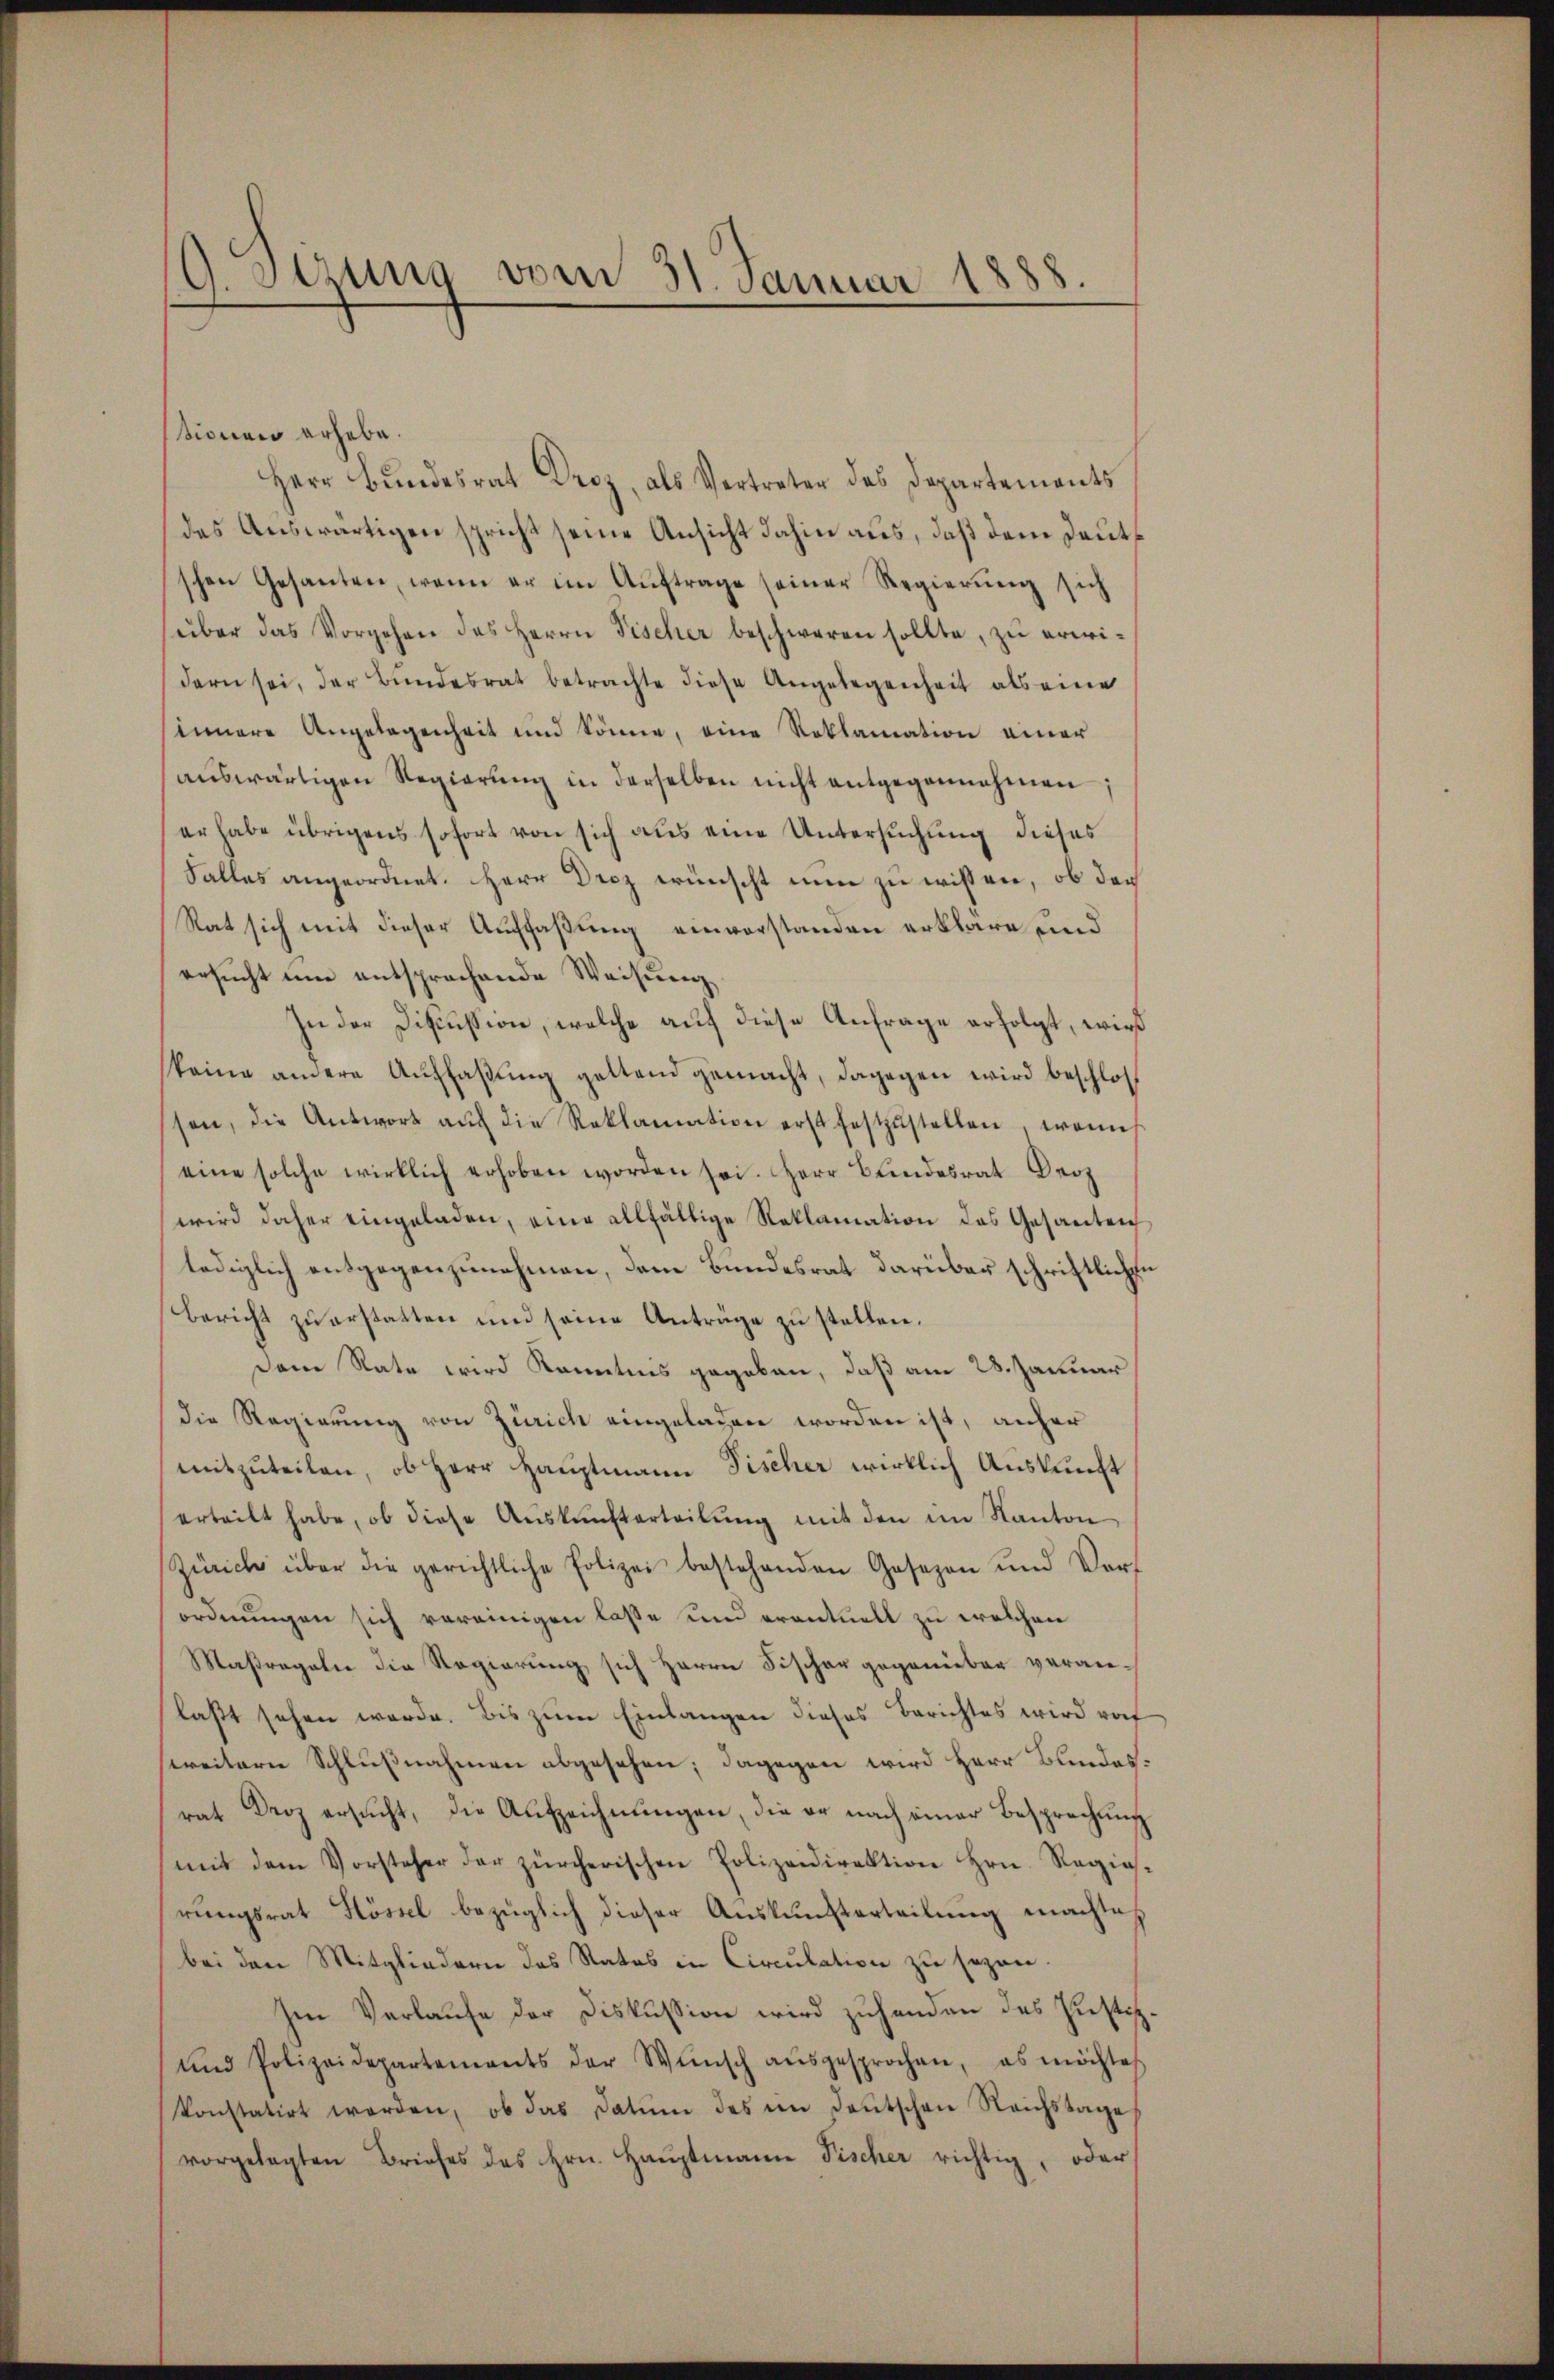
G. Sitzung vom 31. Januar 1888.

ssionen erhebe.
Herr Bŭndesrat Droz, als Vertreter des Departements
des Auswärtigen spricht seine Ansicht dahin aus, daß dem Deutschen Gesanten, wenn er im Aŭftrage seiner Regierŭng sich
süber das Vorgehen des Herrn Fischer beschweren sollte, zu erwidern sei, der Bŭndesrat betrachte diese Angelegenheit als eine
innere Angelegenheit und könne, eine Reklamation einer
aŭswärtigen Regierŭng in derselben nicht entgegennahmen;
er habe übrigens sofort von sich aus eine Untersuchung dieses
Falles angeordnet. Herr Drez wünscht nun zu wissen, ob der
Rat sich mit dieser Auffaßung einverstanden erkläre und
ersucht um entsprochende Weisung
In der Discussion, welche auf diese Anfrage erfolgt, wird
keine andere Auffaßung gestand gemacht, dagegen wird beschlossen, die Antwort aŭf die Reklamation erst festzŭstellen, wenn
eine solche wirklich erhoben worden sei. Herr Bundesrat Droz
wird daher eingeladen, eine allfällige Reklamation des Gesanten
lediglich entgegenzunehmen, dem Bundesrat darüber schriftlichen
Bericht zu erstatten und seine Anträge zu stellen.
Dem Rate wird konntens gegeben, daß am 28. Januar
die Regierung von Zürich eingelagen worden ist, anher
mitzuteilen, ob Herr Hauptmann Fischer wirklich Auskunft
erteilt habe, ob diese Aŭskŭnfterteilŭng mit den im Kanton
Zürich über die gerichtliche Polizei bestehenden Gesezen und Vorf
ordnungen sich vereinigen lasse und eventuell zu welchen
Maßregalie die Regierung sich Herrn Fischer gegenüber veranlast sehen werde. Bis zum Einlangen dieses Berichtes wird rat
weitern Schlußnahmen abgesehen; dagegen wird Herr Bundesrat Droz ersŭcht, die Aufzeichnŭngen, die er nach einer Besprechung
mit dem Vorsteher der zürcherischen Polizeidirektion Hrn. Regias-
rungsrat Flössel bezüglich dieser Auskunsterteilung machte,
bei den Mitgliedern das Rates in Circulation zu sezen.
Im Verlaŭfe der Diskussion wird zŭhanden des Justiz.
und Polizeidepartements der Wŭnsch aŭsgesprochen, es möchtes
konstatirt werden, ob das Datum des im Deutschen Reichstage
vorgelegten Briefes des Hrn. Haŭptmann Pischer richtig, oder